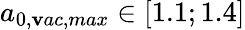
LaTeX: a_{0,\mathbf{v}ac,max}\in[1.1;1.4]